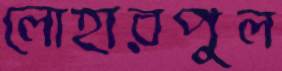
লোহারপুল